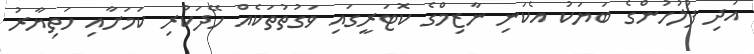
އަދި ފުލުހުންގެ ބަޔަކު އެކަނި ނާޒިމްގެ ކޮޓަރީގައި ވަގުތުތަކެއް ހޭދަކުރި ކަމަށާއި ހަތިޔާރު